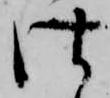
仕